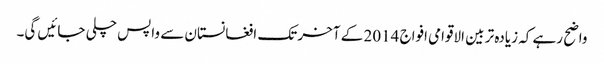
واضح رہے کہ زیادہ تر بین الاقوامی افواج 2014 کے آخر تک افغانستان سے واپس چلی جائیں گی۔